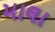
માલા